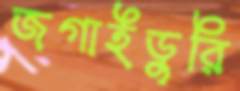
জগাইডুরি